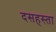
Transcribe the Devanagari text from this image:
दसहस्ता